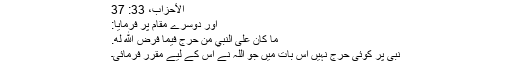
الأحزاب، 33: 37
اور دوسرے مقام پر فرمایا:
مَا كَانَ عَلَى النَّبِيِّ مِنْ حَرَجٍ فِيمَا فَرَضَ اللَّهُ لَهُ.
نبی پر کوئی حرج نہیں اس بات میں جو اللہ نے اس کے لیے مقرر فرمائی۔